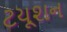
ટયૂશન